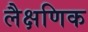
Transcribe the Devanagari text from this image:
लैक्षणिक